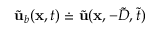
\tilde { \mathbf { u } } _ { b } ( \mathbf { x } , t ) \doteq \tilde { \mathbf { u } } ( \mathbf { x } , - \tilde { D } , \tilde { t } )